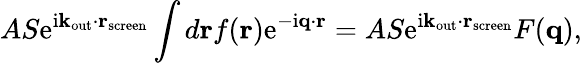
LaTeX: AS\mathrm{e}^{\mathrm{i}\mathbf{k}_{\mathrm{out}}\cdot\mathbf{r}_{\mathrm{screen}}}\int d\mathbf{r}f(\mathbf{r})\mathrm{e}^{-\mathrm{i}\mathbf{q}\cdot\mathbf{r}}=AS\mathrm{e}^{\mathrm{i}\mathbf{k}_{\mathrm{out}}\cdot\mathbf{r}_{\mathrm{screen}}}F(\mathbf{q}),